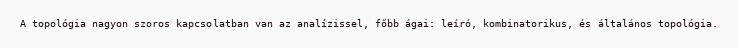
A topológia nagyon szoros kapcsolatban van az analízissel, főbb ágai: leíró, kombinatorikus, és általános topológia.